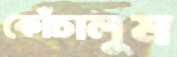
কোঁচালুম